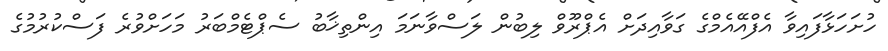
ހުށަހަޅާފައިވާ އެފްއޭއެމްގެ ގަވާއިދަށް އެޕްރޫވް ލިބުން ލަސްވާނަމަ އިންތިޚާބު ސެޕްޓެމްބަރު މަހަށްވުރެ ފަސްކުރުމުގެ